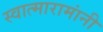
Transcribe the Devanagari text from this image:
स्वात्मारामांनी